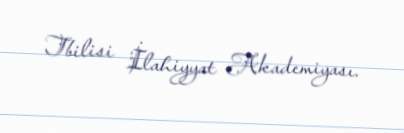
Tbilisi İlahiyyat Akademiyası.